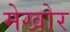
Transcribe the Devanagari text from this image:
मेखोर